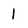
Character: 1